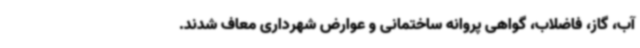
آب، گاز، فاضلاب، گواهی پروانه ساختمانی و عوارض شهرداری معاف شدند.